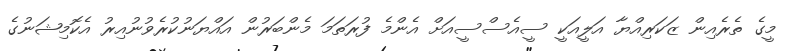
މީގެ ތެރެއިން ޒަކަރިއްޔާ އަލީއަކީ ސީއެސްސީއަށް އެންމެ ފުރަތަމަ މެންބަރުން އައްޔަނުކުރެވުނުއިރު އެކޮމިޝަނުގެ